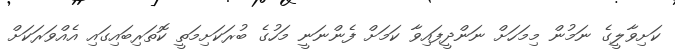
ކަށިވާލީގެ ނަމުން މިމަހަށް ނަންދީފައިވާ ކަމަށް ފެންނަނީ މަހުގެ ބުރަކަށިމަތީ ކޮތަރިބައިގައި އެއްވަރަކަށް